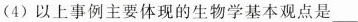
(4)以上事例主要体现的生物学基本观点是___